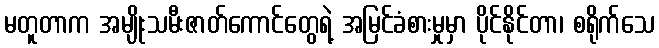
မတူတာက အမျိုးသမီးဇာတ်ကောင်တွေရဲ့ အမြင်ခံစားမှုမှာ ပိုင်နိုင်တာ၊ စရိုက်သေ